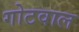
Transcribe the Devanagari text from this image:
गोटवाल